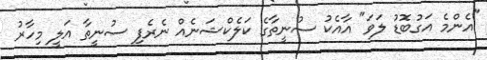
"އެންމެ އަގުބޮޑު ލަވަ" އާއެކު ސުނީތާގެ ކަލެކްޝަނެއް ނެރެފި ސުނީތާ އަލީ މިހާރު